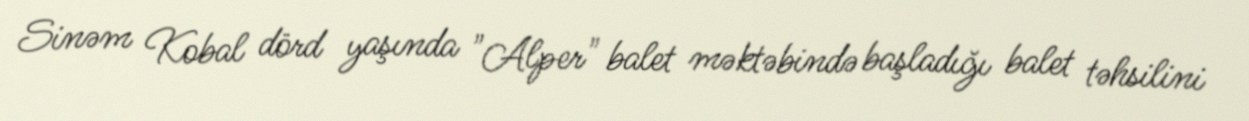
Sinəm Kobal dörd yaşında "Alper" balet məktəbində başladığı balet təhsilini